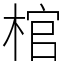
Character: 棺